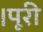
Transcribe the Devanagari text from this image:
।पूरी